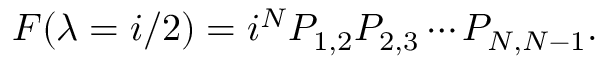
F ( \lambda = i / 2 ) = i ^ { N } P _ { 1 , 2 } P _ { 2 , 3 } \cdots P _ { N , N - 1 } .